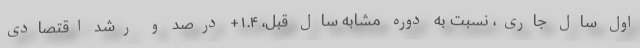
اول سال جاری، نسبت به دوره مشابه سال قبل، ۱.۴+ درصد و رشد اقتصادی